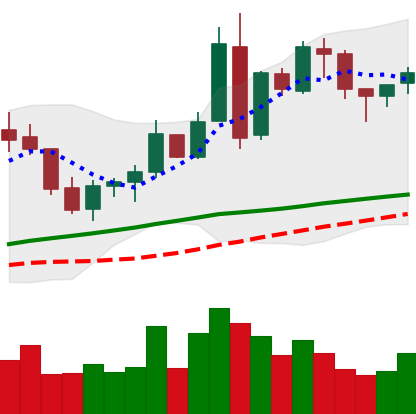
Ticker: BNB-USD
Chart end date: 2018-05-03
Forward return: -7.668%
Label: down_7plus